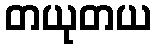
တယုတယ